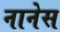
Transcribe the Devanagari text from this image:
नानेस